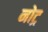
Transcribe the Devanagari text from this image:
नोट्र